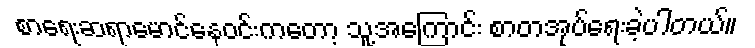
စာရေးဆရာမောင်နေဝင်းကတော့ သူ့အကြောင်း စာတအုပ်ရေးခဲ့ပါတယ်။